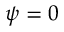
\psi = 0